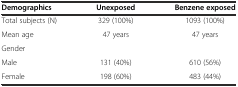
<table><thead><tr><td><b>Demographics</b></td><td><b>Unexposed</b></td><td><b>Benzene exposed</b></td></tr></thead><tbody><tr><td>Total subjects (N)</td><td>329 (100%)</td><td>1093 (100%)</td></tr><tr><td>Mean age</td><td>47 years</td><td>47 years</td></tr><tr><td>Gender</td><td></td><td></td></tr><tr><td>Male</td><td>131 (40%)</td><td>610 (56%)</td></tr><tr><td>Female</td><td>198 (60%)</td><td>483 (44%)</td></tr></tbody></table>